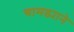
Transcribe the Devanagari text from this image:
चामड्याने